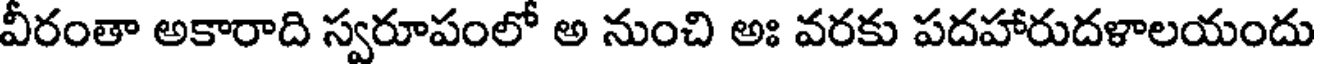
వీరంతా అకారాది స్వరూపంలో అ నుంచి అః వరకు పదహారుదళాలయందు